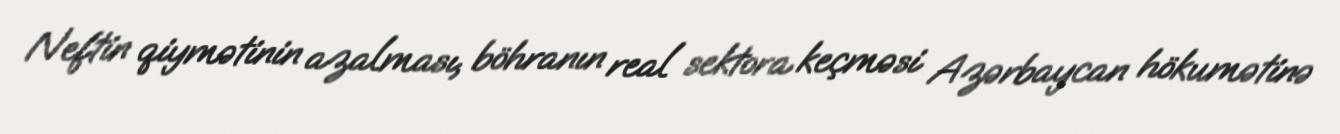
Neftin qiymətinin azalması, böhranın real sektora keçməsi Azərbaycan hökumətinə